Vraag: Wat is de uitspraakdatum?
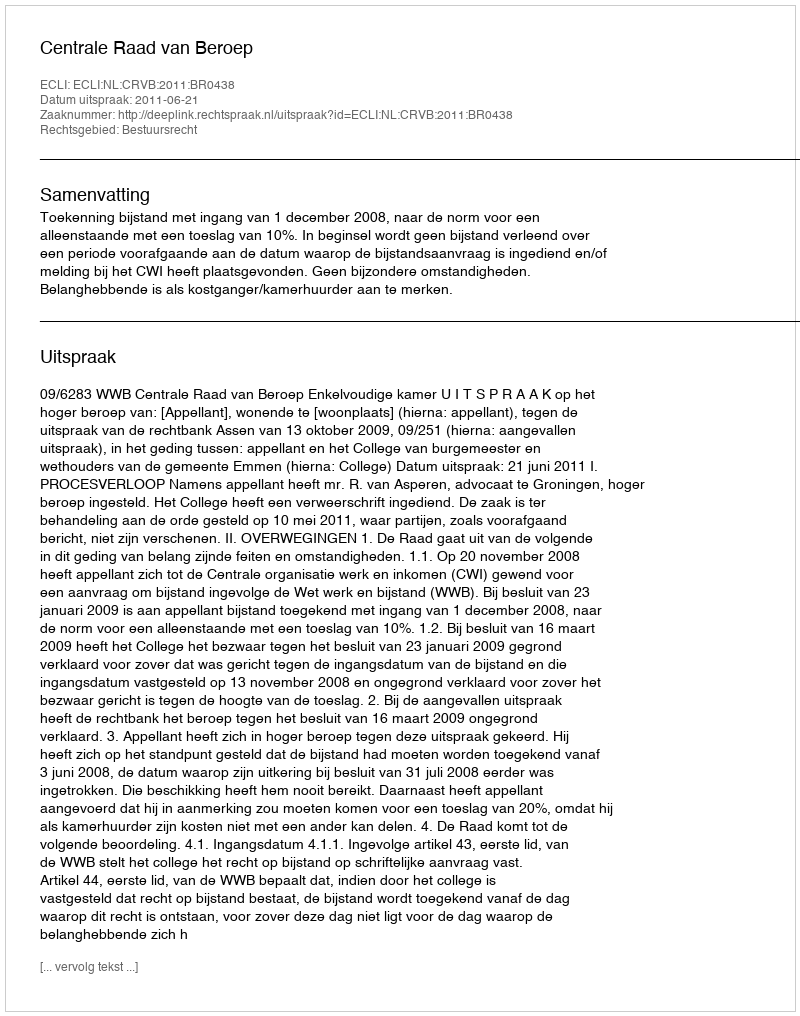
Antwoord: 2011-06-21